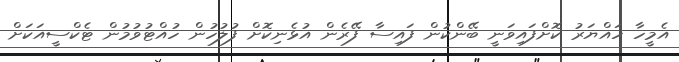
އެމީހާ ހައްޔަރު ކޮށްފައިވަނީ ބޭންކުން ފައިސާ ފޭރެން އުޅެނިކޮށް ފުލުހުން ހުއްޓުވުމުން ޓެކްސީއަކަށް